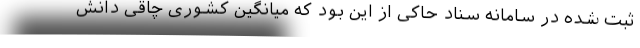
ثبت شده در سامانه سناد حاکی از این بود که میانگین کشوری چاقی دانش